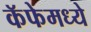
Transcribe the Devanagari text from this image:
कॅफेमध्ये